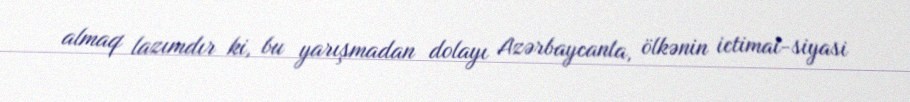
almaq lazımdır ki, bu yarışmadan dolayı Azərbaycanla, ölkənin ictimai-siyasi